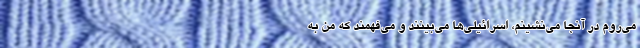
می‌روم در آنجا می‌نشینم، اسرائیلی‌ها می‌بینند و می‌فهمند که من به